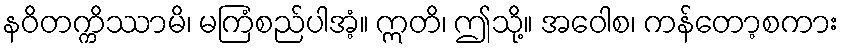
နဝိတက္ကိဿာမိ၊ မကြံစည်ပါအံ့။ ဣတိ၊ ဤသို့။ အဝေါစ၊ ကန်တော့စကား